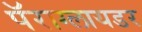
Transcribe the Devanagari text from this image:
पॅराग्लायडर